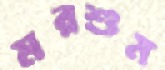
মরশুম